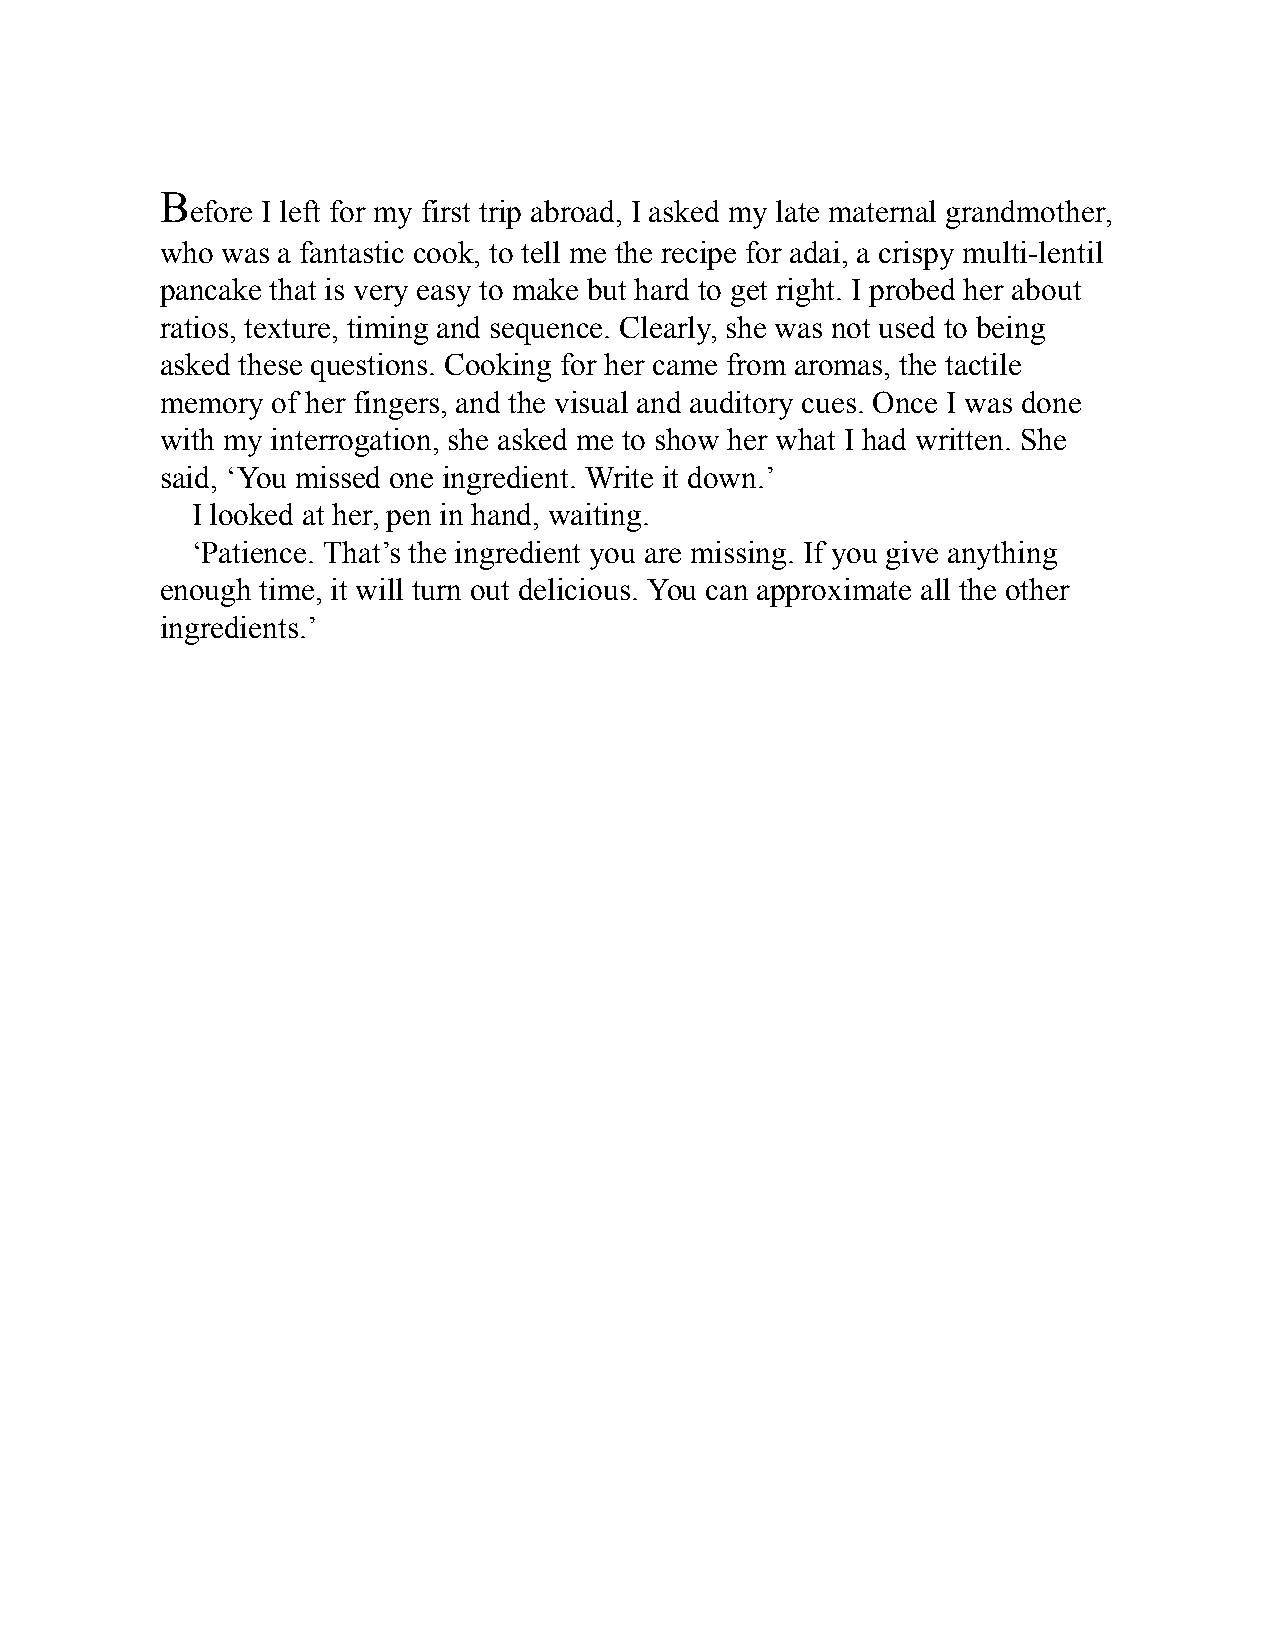
B
 efore I left for my first trip abroad, I asked my late maternal grandmother,
 who was a fantastic cook, to tell me the recipe for adai, a crispy multi-lentil
 pancake that is very easy to make but hard to get right. I probed her about
 ratios, texture, timing and sequence. Clearly, she was not used to being
 asked these questions. Cooking for her came from aromas, the tactile
 memory of her fingers, and the visual and auditory cues. Once I was done
 with my interrogation, she asked me to show her what I had written. She
 said, ‘You missed one ingredient. Write it down.’
 I looked at her, pen in hand, waiting.
 ‘Patience. That’s the ingredient you are missing. If you give anything
 enough time, it will turn out delicious. You can approximate all the other
 ingredients.’